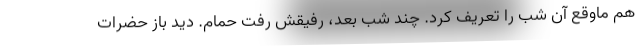
هم ماوقع آن شب را تعريف كرد. چند شب بعد، رفيقش رفت حمام. ديد باز حضرات